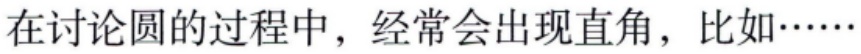
在讨论圆的过程中，经常会出现直角，比如……